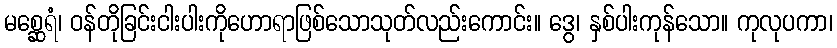
မစ္ဆေရံ၊ ဝန်တိုခြင်းငါးပါးကိုဟောရာဖြစ်သောသုတ်လည်းကောင်း။ ဒွေ၊ နှစ်ပါးကုန်သော။ ကုလုပကာ၊